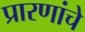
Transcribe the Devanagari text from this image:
प्रारणांचे